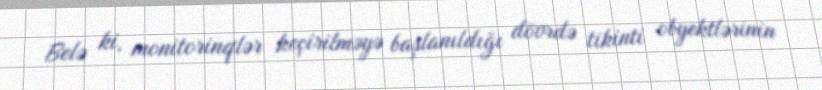
Belə ki, monitorinqlər keçirilməyə başlanıldığı dövrdə tikinti obyektlərinin